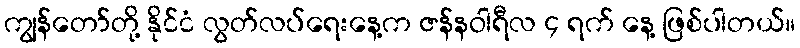
ကျွန်တော်တို့ နိုင်ငံ လွတ်လပ်ရေးနေ့က ဇန်နဝါရီလ ၄ ရက် နေ့ ဖြစ်ပါတယ်။